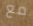
مع